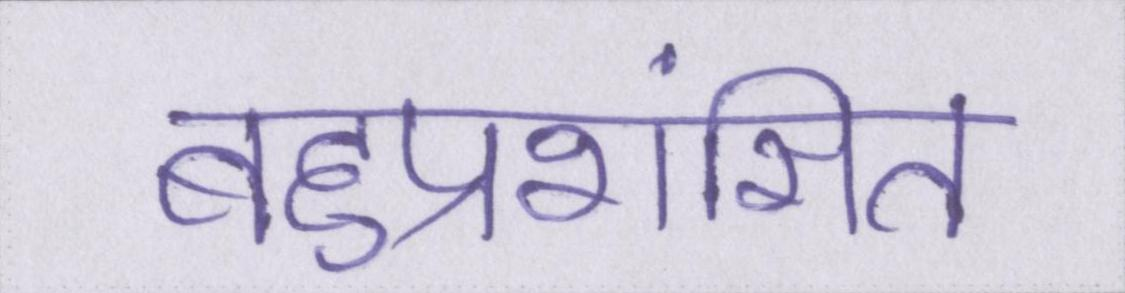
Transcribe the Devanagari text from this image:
बहुप्रशंसित